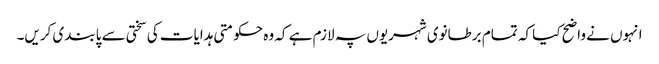
انہوں نے واضح کیا کہ تمام برطانوی شہریوں پہ لازم ہے کہ وہ حکومتی ہدایات کی سختی سے پابندی کریں۔